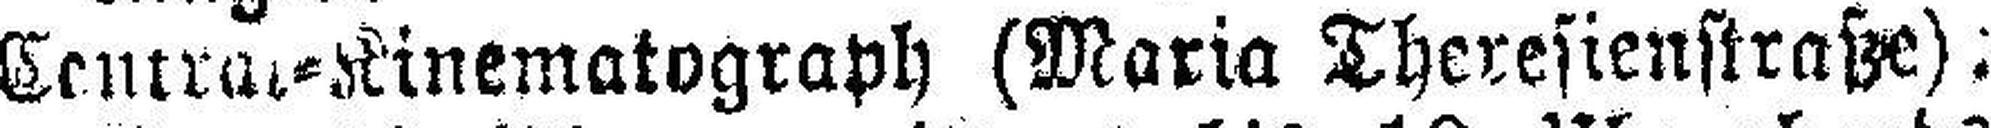
Central=Kinematograph (Maria Theresienstraße):